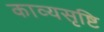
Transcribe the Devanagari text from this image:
काव्यसृष्टि